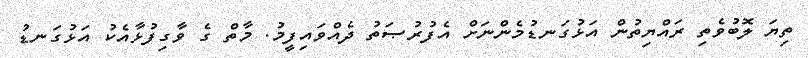
ތިޔަ ލޮބުވެތި ރައްޔިތުން އަޅުގަނޑުމެންނަށް އެފުރުޞަތު ދެއްވައިފީމު. މާތް ގެ ވާގިފުޅާއެކު އަޅުގަނޑު